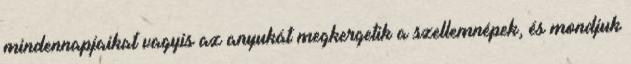
mindennapjaikat vagyis az anyukát megkergetik a szellemnépek, és mondjuk